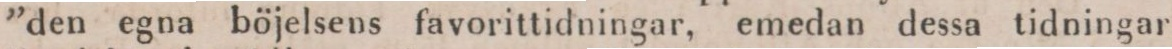
”den egna böjelsens favorittidningar, emedan dessa tidningar